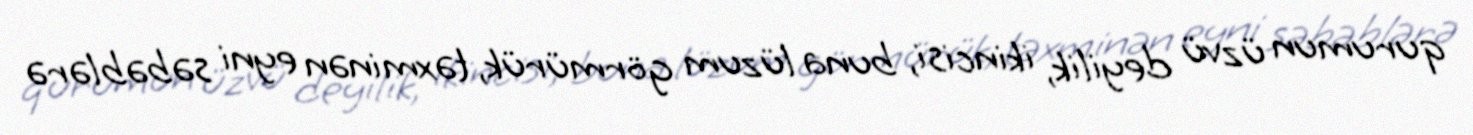
qurumun üzvü deyilik, ikincisi, buna lüzum görmürük, təxminən eyni səbəblərə